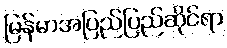
မြန်မာအပြည်ပြည်ဆိုင်ရာ